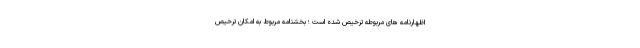
اظهارنامه های مربوطه ترخیص شده است ؛ بخشنامه مربوط به امکان ترخیص